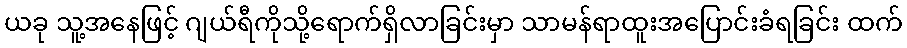
ယခု သူ့အနေဖြင့် ဂျယ်ရီကိုသို့ရောက်ရှိလာခြင်းမှာ သာမန်ရာထူးအပြောင်းခံရခြင်း ထက်